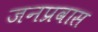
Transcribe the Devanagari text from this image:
जनप्रवास